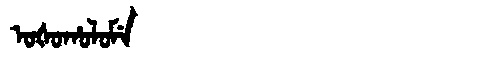
Manchu: ᠣᡧᠣᡥᠣᠯᠣᠮᡝ
Romanization: OŠOHOLOME